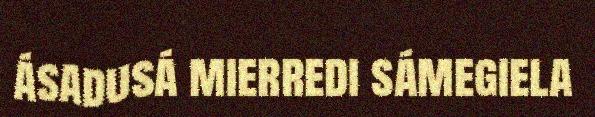
ásadusá mierredi sámegiela